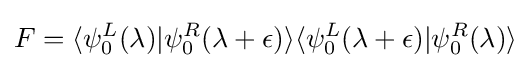
F=\langle \psi _{0}^{L}(\lambda )|\psi _{0}^{R}(\lambda +\epsilon )\rangle \langle \psi _{0}^{L}(\lambda +\epsilon )|\psi _{0}^{R}(\lambda )\rangle